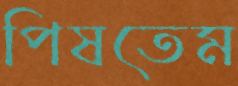
পিষতেম